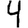
Digit: 4